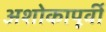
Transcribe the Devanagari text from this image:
अशोकापूर्वी